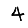
Digit: 4